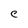
Character: C